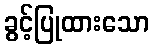
ခွင့်ပြုထားသော